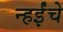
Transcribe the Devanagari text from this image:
न्हईंचे